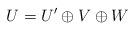
LaTeX: \begin{align*}U=U'\oplus V \oplus W\end{align*}